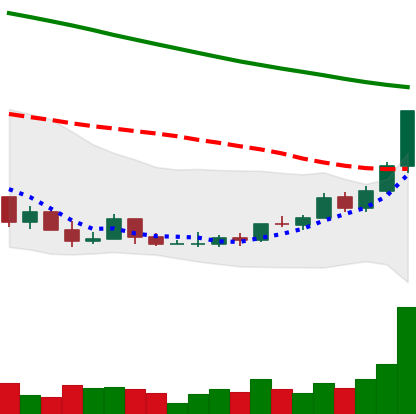
Ticker: ADA-USD
Chart end date: 2022-03-23
Forward return: 5.662%
Label: up_5_7